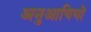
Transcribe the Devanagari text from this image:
अनुआयियो